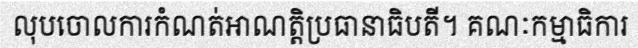
លុបចោលការកំណត់អាណត្តិប្រធានាធិបតី។ គណៈកម្មាធិការ